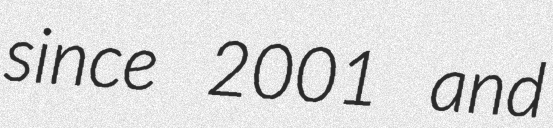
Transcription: since 2001 and